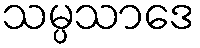
သမ္ပသာဒေ